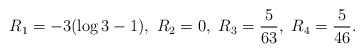
\begin{align*}R_{1}=-3(\log3-1),\ R_{2}=0,\ R_{3}=\frac{5}{63},\ R_{4}=\frac{5}{46}.\end{align*}